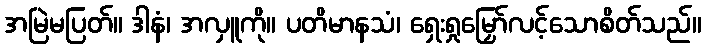
အမြဲမပြတ်။ ဒါနံ၊ အလှူကို။ ပတိမာနသံ၊ ရှေးရှုမြှော်လင့်သောစိတ်သည်။